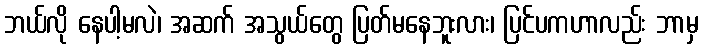
ဘယ်လို နေပါ့မလဲ၊ အဆက် အသွယ်တွေ ပြတ်မနေဘူးလား၊ ပြင်ပကဟာလည်း ဘာမှ